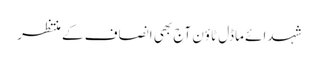
شہدائے ماڈل ٹاؤن آج بھی انصاف کے منتظر